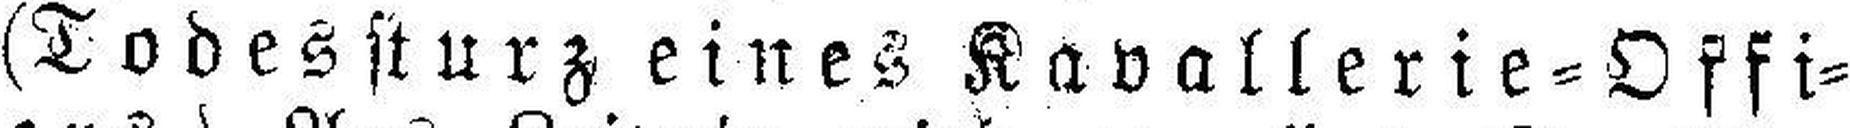
(Todessturz eines Kavallerie=Offi¬